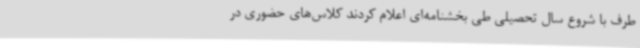
طرف با شروع سال تحصیلی طی بخشنامه‌ای اعلام کردند کلاس‌های حضوری در